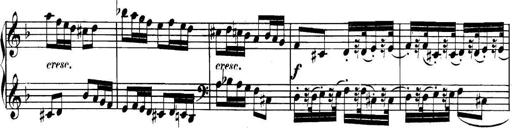
Title: Collected Piano Sonatas
Composer: Muzio Clementi